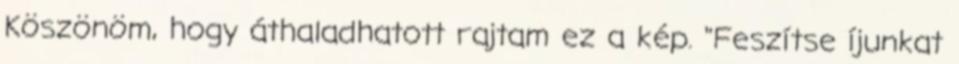
Köszönöm, hogy áthaladhatott rajtam ez a kép. "Feszítse íjunkat